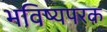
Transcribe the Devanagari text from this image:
भविष्यपरक